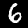
Digit: 6